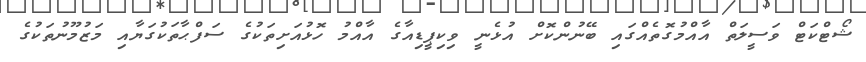
ޝޯޓްކަޓް ވަސީލަތް އާއްމުގޮތެއްގައި ބޭނުންކޮށް އުޅެނީ ވިކިޕީޑިއާގެ އާއްމު ހޮޅުއަށިތަކުގެ ސަފްޙާތަކުގަޔާއި މަޒުމޫނުތަކުގެ